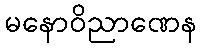
မနောဝိညာဏေန